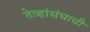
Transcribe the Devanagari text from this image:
तेव्हांसंघाची